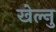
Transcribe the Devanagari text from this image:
खेल्नु